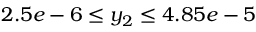
2 . 5 e - 6 \leq y _ { 2 } \leq 4 . 8 5 e - 5